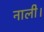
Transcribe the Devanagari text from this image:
नाली।